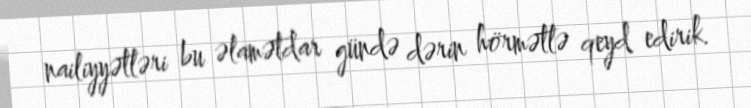
nailiyyətləri bu əlamətdar gündə dərin hörmətlə qeyd edirik.